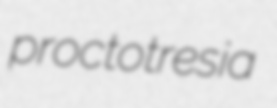
proctotresia